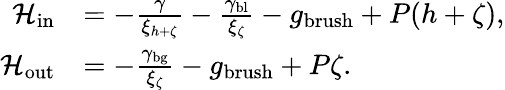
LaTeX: \begin{array}{rl}{\mathcal{H}_{\mathrm{in}}}&{=-\frac{\gamma}{\xi_{h+\zeta}}-\frac{\gamma_{\mathrm{bl}}}{\xi_{\zeta}}-g_{\mathrm{brush}}+P(h+\zeta),}\\ {\mathcal{H}_{\mathrm{out}}}&{=-\frac{\gamma_{\mathrm{bg}}}{\xi_{\zeta}}-g_{\mathrm{brush}}+P\zeta.}\end{array}